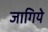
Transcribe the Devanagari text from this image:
जागिये